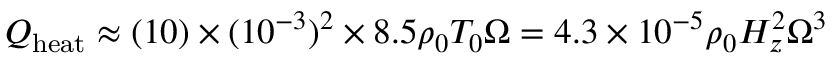
Q _ { \mathrm { h e a t } } \approx ( 1 0 ) \times ( 1 0 ^ { - 3 } ) ^ { 2 } \times 8 . 5 \rho _ { 0 } T _ { 0 } \Omega = 4 . 3 \times 1 0 ^ { - 5 } \rho _ { 0 } H _ { z } ^ { 2 } \Omega ^ { 3 }